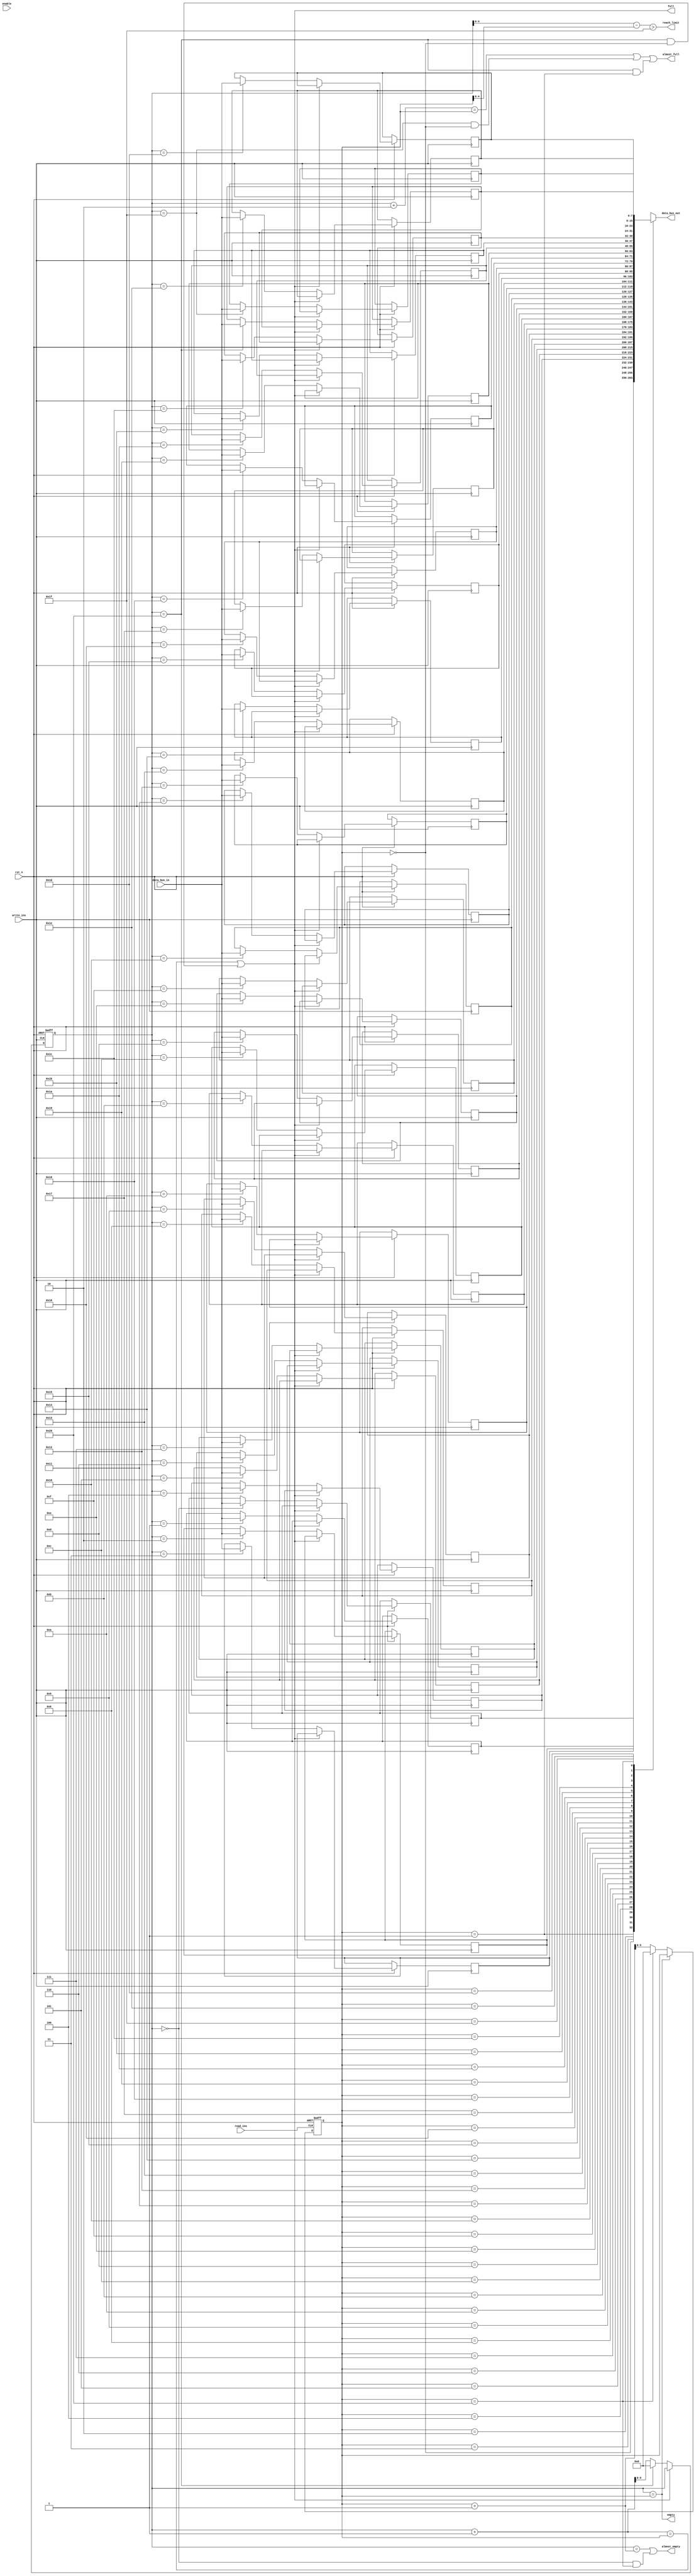
// Requirement: DEPTH of FIFO must be a power of 2
//              Or you can use limit-fifo option (set parameter LIMIT_FIFO_FLAG = 1 and load limit value to limit_fifo),
//              Notice: Limit value must be less than Depth of FIFO
module fifo_module
    #(
        parameter DEPTH             = 32,
        parameter WIDTH             = 8,
        parameter SLEEP_MODE        = 0,
        parameter LIMIT_COUNTER     = DEPTH,
        // Do not configuration below parameter 
        parameter COUNTER_WIDTH    = $clog2(DEPTH + 1),
        parameter DEPTH_ALIGN      = DEPTH + 1
     )(
    // Data
    input   wire    [WIDTH - 1:0]   data_bus_in,
    output  wire    [WIDTH - 1:0]   data_bus_out,
    // Instruction
    input   wire                    write_ins,
    input   wire                    read_ins,
    // State 
    output  wire                    full,
    output  wire                    almost_full,
    output  wire                    empty,
    output  wire                    almost_empty,
    // Option feature
    output  wire                    reach_limit,
    // Enable pin
    input   wire                    enable,
    // Reset 
    input   wire                    rst_n
    
    // DEBUG
//    ,output  wire [COUNTER_WIDTH - 1:0] front_queue_wire
//    ,output  wire [COUNTER_WIDTH - 1:0] rear_queue_wire
//    ,output  wire [COUNTER_WIDTH - 2:0] counter_elem_wire
    );
    
    localparam init_buffer = 8'h00;
    localparam init_index_front = 0;
    localparam init_index_rear = 0;
    
    reg [COUNTER_WIDTH - 1:0] front_queue;
    reg [COUNTER_WIDTH - 1:0] rear_queue;
    wire[COUNTER_WIDTH - 2:0] counter_elem;
    
    reg [WIDTH - 1:0] queue [0: DEPTH_ALIGN - 1];
    wire read_ins_sleepmode;
    wire write_ins_sleepmode;
    
    
	generate
        if(SLEEP_MODE) begin
            assign read_ins_sleepmode = (enable) ? read_ins : 1'b0;
            assign write_ins_sleepmode = (enable) ? write_ins : 1'b0;
        end
        else begin
            assign read_ins_sleepmode = read_ins;
            assign write_ins_sleepmode = write_ins;
        end
	endgenerate
    //Data 
    assign data_bus_out = queue[front_queue];
    // State 
    assign counter_elem = rear_queue - front_queue;
    
    assign full = (rear_queue + 1 == front_queue) | 
                  ((rear_queue == DEPTH_ALIGN - 1) & (front_queue == 0));
    assign almost_full = (rear_queue + 2 == front_queue) |
                         ((rear_queue == DEPTH_ALIGN - 2) & (front_queue == 0)) |
                         ((rear_queue == DEPTH_ALIGN - 1) & (front_queue == 1));
    
    assign empty = (rear_queue == front_queue);
    assign almost_empty = (rear_queue == front_queue + 1) | 
                          ((rear_queue == 0) & (front_queue == DEPTH_ALIGN - 1));
                          
    assign reach_limit = counter_elem > (LIMIT_COUNTER - 1);
    // Write instruction
    always @(posedge write_ins_sleepmode, negedge rst_n) begin
        if(!rst_n) begin
            rear_queue <= init_index_rear;
    //            for(i = 0; i < capacity; i = i + 1) begin
    //                queue[i] <= init_buffer;
    //            end
    //            queue[capacity - 1:0] <= 0;
        end
        else begin
            if(!full) begin
                queue[rear_queue] <= data_bus_in;
                rear_queue <= (rear_queue == DEPTH_ALIGN - 1) ? 0 : rear_queue + 1;
            end
        end
    end 
    // Read instruction
    always @(posedge read_ins_sleepmode, negedge rst_n) begin
        if(!rst_n) begin
            front_queue <= init_index_front;
        end
        else begin
            if(!empty) begin
                front_queue <= (front_queue == DEPTH_ALIGN - 1) ? 0 : front_queue + 1;
            end
        end 
    end
    
    // Debug
//    assign front_queue_wire = front_queue;
//    assign rear_queue_wire = rear_queue;
//    assign counter_elem_wire = counter_elem;
endmodule